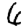
Digit: 6